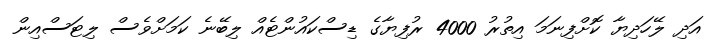
އަދި ލޭހަދިޔާ ކޮށްފިނަމަ އިތުރު 4000 ރުފިޔާގެ ޑިސްކައުންޓެއް ލިބޭނެ ކަމަށްވެސް ލިޓަސްއިން